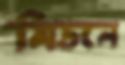
মিডলে